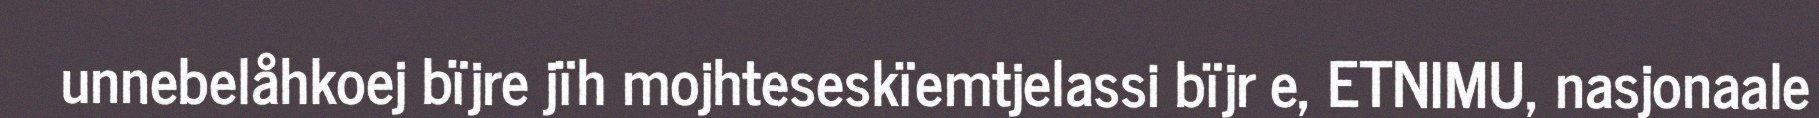
unnebelåhkoej bïjre jïh mojhteseskïemtjelassi bïjr e, ETNIMU, nasjonaale